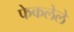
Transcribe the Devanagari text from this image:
फेकलेले